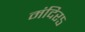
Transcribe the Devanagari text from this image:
मंदिर५